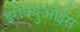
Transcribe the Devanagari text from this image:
इरोक्युओईस